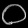
Digit: ၀